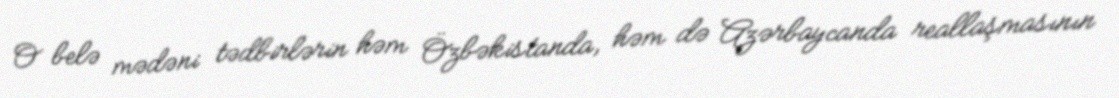
O belə mədəni tədbirlərin həm Özbəkistanda, həm də Azərbaycanda reallaşmasının